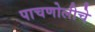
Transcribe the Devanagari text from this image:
पाचणोलीचे